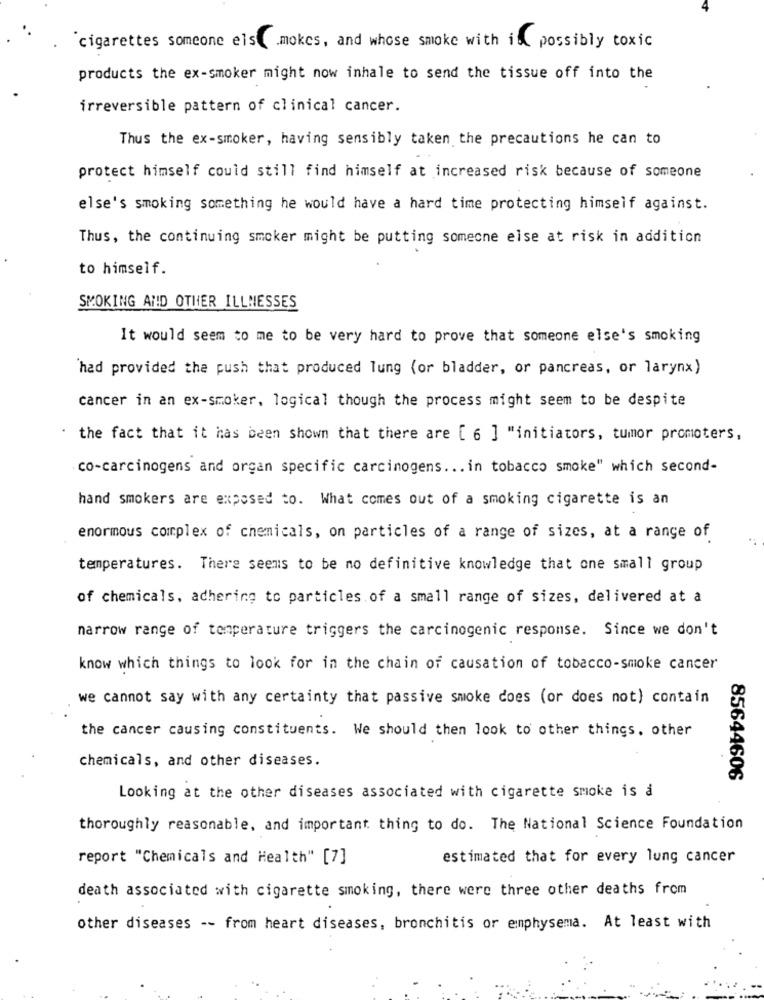
cigarettes someone elsmokes, and whose smoke with im possibly toxic
products the ex-smoker might now inhale to send the tissue off into the
irreversible pattern of clinical cancer.
Thus the ex-smoker, having sensibly taken the precautions he can to
protect himself could still find himself at increased risk because of someone
else's smoking something he would have a hard time protecting himself against.
Thus, the continuing smoker might be putting someone else at risk in addition
to himself.
SMOKING AND OTHER ILLNESSES
It would seem to me to be very hard to prove that someone else's smoking
had provided the push that produced lung (or bladder, or pancreas, or larynx)
cancer in an ex-smoker, logical though the process might seem to be despite
.
the fact that it has been shown that there are [ 6 ] "initiators, tumor promoters,
co-carcinogens and organ specific carcinogens ... in tobacco smoke" which second-
hand smokers are exposed to. What comes out of a smoking cigarette is an
enormous complex of chemicals, on particles of a range of sizes, at a range of
temperatures. There seems to be no definitive knowledge that one small group
of chemicals, adhering to particles of a small range of sizes, delivered at a
narrow range of temperature triggers the carcinogenic response. Since we don't
know which things to look for in the chain of causation of tobacco-smoke cancer
we cannot say with any certainty that passive smoke does (or does not) contain
the cancer causing constituents. We should then look to other things. other
chemicals, and other diseases.
85644606
Looking at the other diseases associated with cigarette smoke is a
thoroughly reasonable, and important thing to do. The National Science Foundation
report "Chemicals and Health" [7]
estimated that for every lung cancer
death associated with cigarette smoking, there were three other deaths from
other diseases -- from heart diseases, bronchitis or emphysema. At least with